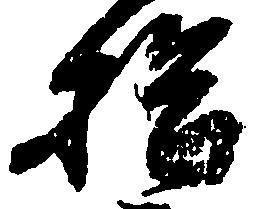
拾